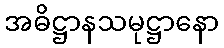
အဓိဋ္ဌာနသမုဋ္ဌာနော